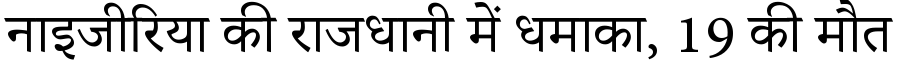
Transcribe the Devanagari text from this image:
नाइजीरिया की राजधानी में धमाका, 19 की मौत